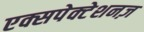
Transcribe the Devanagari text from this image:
एक्सपेक्टेशनज़